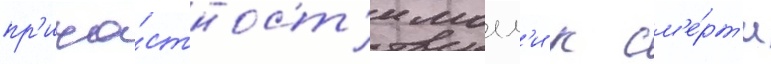
пр'ича́стност'и молл'и к см'е́рт'и